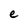
Character: e